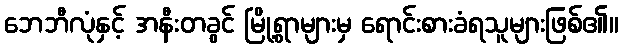
ဘေဘီလုံနှင့် အနီးတခွင် မြို့ရွာများမှ ရောင်းစားခံရသူများဖြစ်၏။